Report on vaccination in Madras 1904-1921 - 1904-1921
Year: 1904
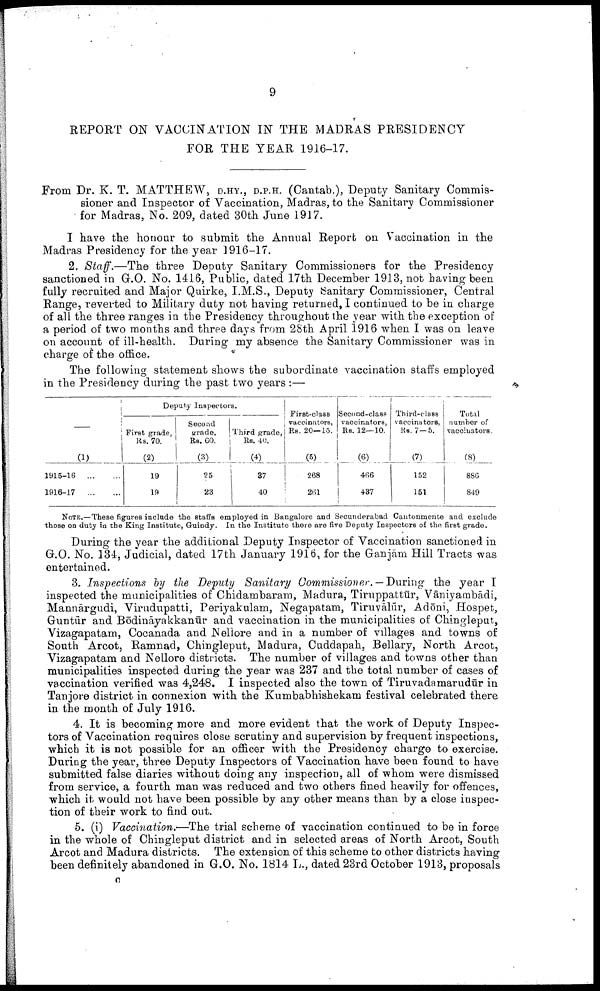
9
REPORT ON VACCINATION IN THE MADRAS PRESIDENCY
FOR THE YEAR 1916-17.
From Dr. K. T. MATTHEW, D.HY., D.P.H. (Cantab.), Deputy Sanitary Commis
sioner and Inspector of Vaccination, Madras, to the Sanitary Commissioner
for Madras, No. 209, dated 30th June 1917.
I have the honour to submit the Annual Report on Vaccination in the
Madras Presidency for the year 1916-17.
2. Staff.—The three Deputy Sanitary Commissioners for the Presidency
sanctioned in G.O. No. 1416, Public, dated 17th December 1913, not having been
fully recruited and Major Quirke, I.M.S., Deputy Sanitary Commissioner, Central
Range, reverted to Military duty not having returned, I continued to be in charge
of all the three ranges in the Presidency throughout the year with the exception of
a period of two months and three days from 28th April 1916 when I was on leave
on account of ill-health. During my absence the Sanitary Commissioner was in
charge of the office.
The following statement shows the subordinate vaccination staffs employed
in the Presidency during the past two years :—
(1)
1915-16
...
...
1916-17
...
...
Deputy Inspectors.
First grade,
Rs. 70.
(2)
19
19
Second
grade,
Rs. 60.
(3)
25
23
Third grade,
Rs. 40.
(4)
37
40
First-class
vaccinators,
Rs. 20—15.
(5)
268
261
Second-class
vaccinators,
Rs. 12—10.
(6)
466
437
Third-class
vaccinators,
Rs. 7—5.
(7)
152
151
Total
number of
vaccinators.
(8)
886
849
NOTE.—These figures include the staffs employed in Bangalore and Secunderabad Cantonmente and exclude
those on duty in the King Institute, Guindy. In the Institute there are five Deputy Inspectors of the first grade.
During the year the additional Deputy Inspector of Vaccination sanctioned in
G.O. No. 134, Judicial, dated 17th January 1916, for the Ganjām Hill Tracts was
entertained.
3. Inspections by the Deputy Sanitary Commissioner. —During the year I
inspected the municipalities of Chidambaram, Madura, Tiruppattūr, Vāniyambādi,
Mannārgudi, Virudupatti, Periyakulam, Negapatam, Tiruvālūr, Adōni, Hospet,
Guntūr and Bōdināyakkanūr and vaccination in the municipalities of Chingleput,
Vizagapatam, Cocanada and Nellore and in a number of villages and towns of
South Arcot, Ramnad, Chingleput, Madura, Cuddapah, Bellary, North Arcot,
Vizagapatam and Nellore districts. The number of villages and towns other than
municipalities inspected during the year was 237 and the total number of cases of
vaccination verified was 4,248. I inspected also the town of Tiruvadamarudūr in
Tanjore district in connexion with the Kumbabhishekam festival celebrated there
in the month of July 1916.
4. It is becoming more and more evident that the work of Deputy Inspec
tors of Vaccination requires close scrutiny and supervision by frequent inspections,
which it is not possible for an officer with the Presidency charge to exercise.
During the year, three Deputy Inspectors of Vaccination have been found to have
submitted false diaries without doing any inspection, all of whom were dismissed
from service, a fourth man was reduced and two others fined heavily for offences,
which it would not have been possible by any other means than by a close inspec
tion of their work to find out.
5. (i) Vaccination.—The trial scheme of vaccination continued to be in force
in the whole of Chingleput district and in selected areas of North Arcot, South
Arcot and Madura districts. The extension of this scheme to other districts having
been definitely abandoned in G.O. No. 1814 L., dated 23rd October 1913, proposals
c